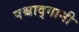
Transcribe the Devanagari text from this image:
पश्चाद्गामी